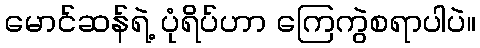
မောင်ဆန်ရဲ့ ပုံရိပ်ဟာ ကြေကွဲစရာပါပဲ။